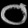
Digit: ၀